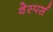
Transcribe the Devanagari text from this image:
वेस्पर्स